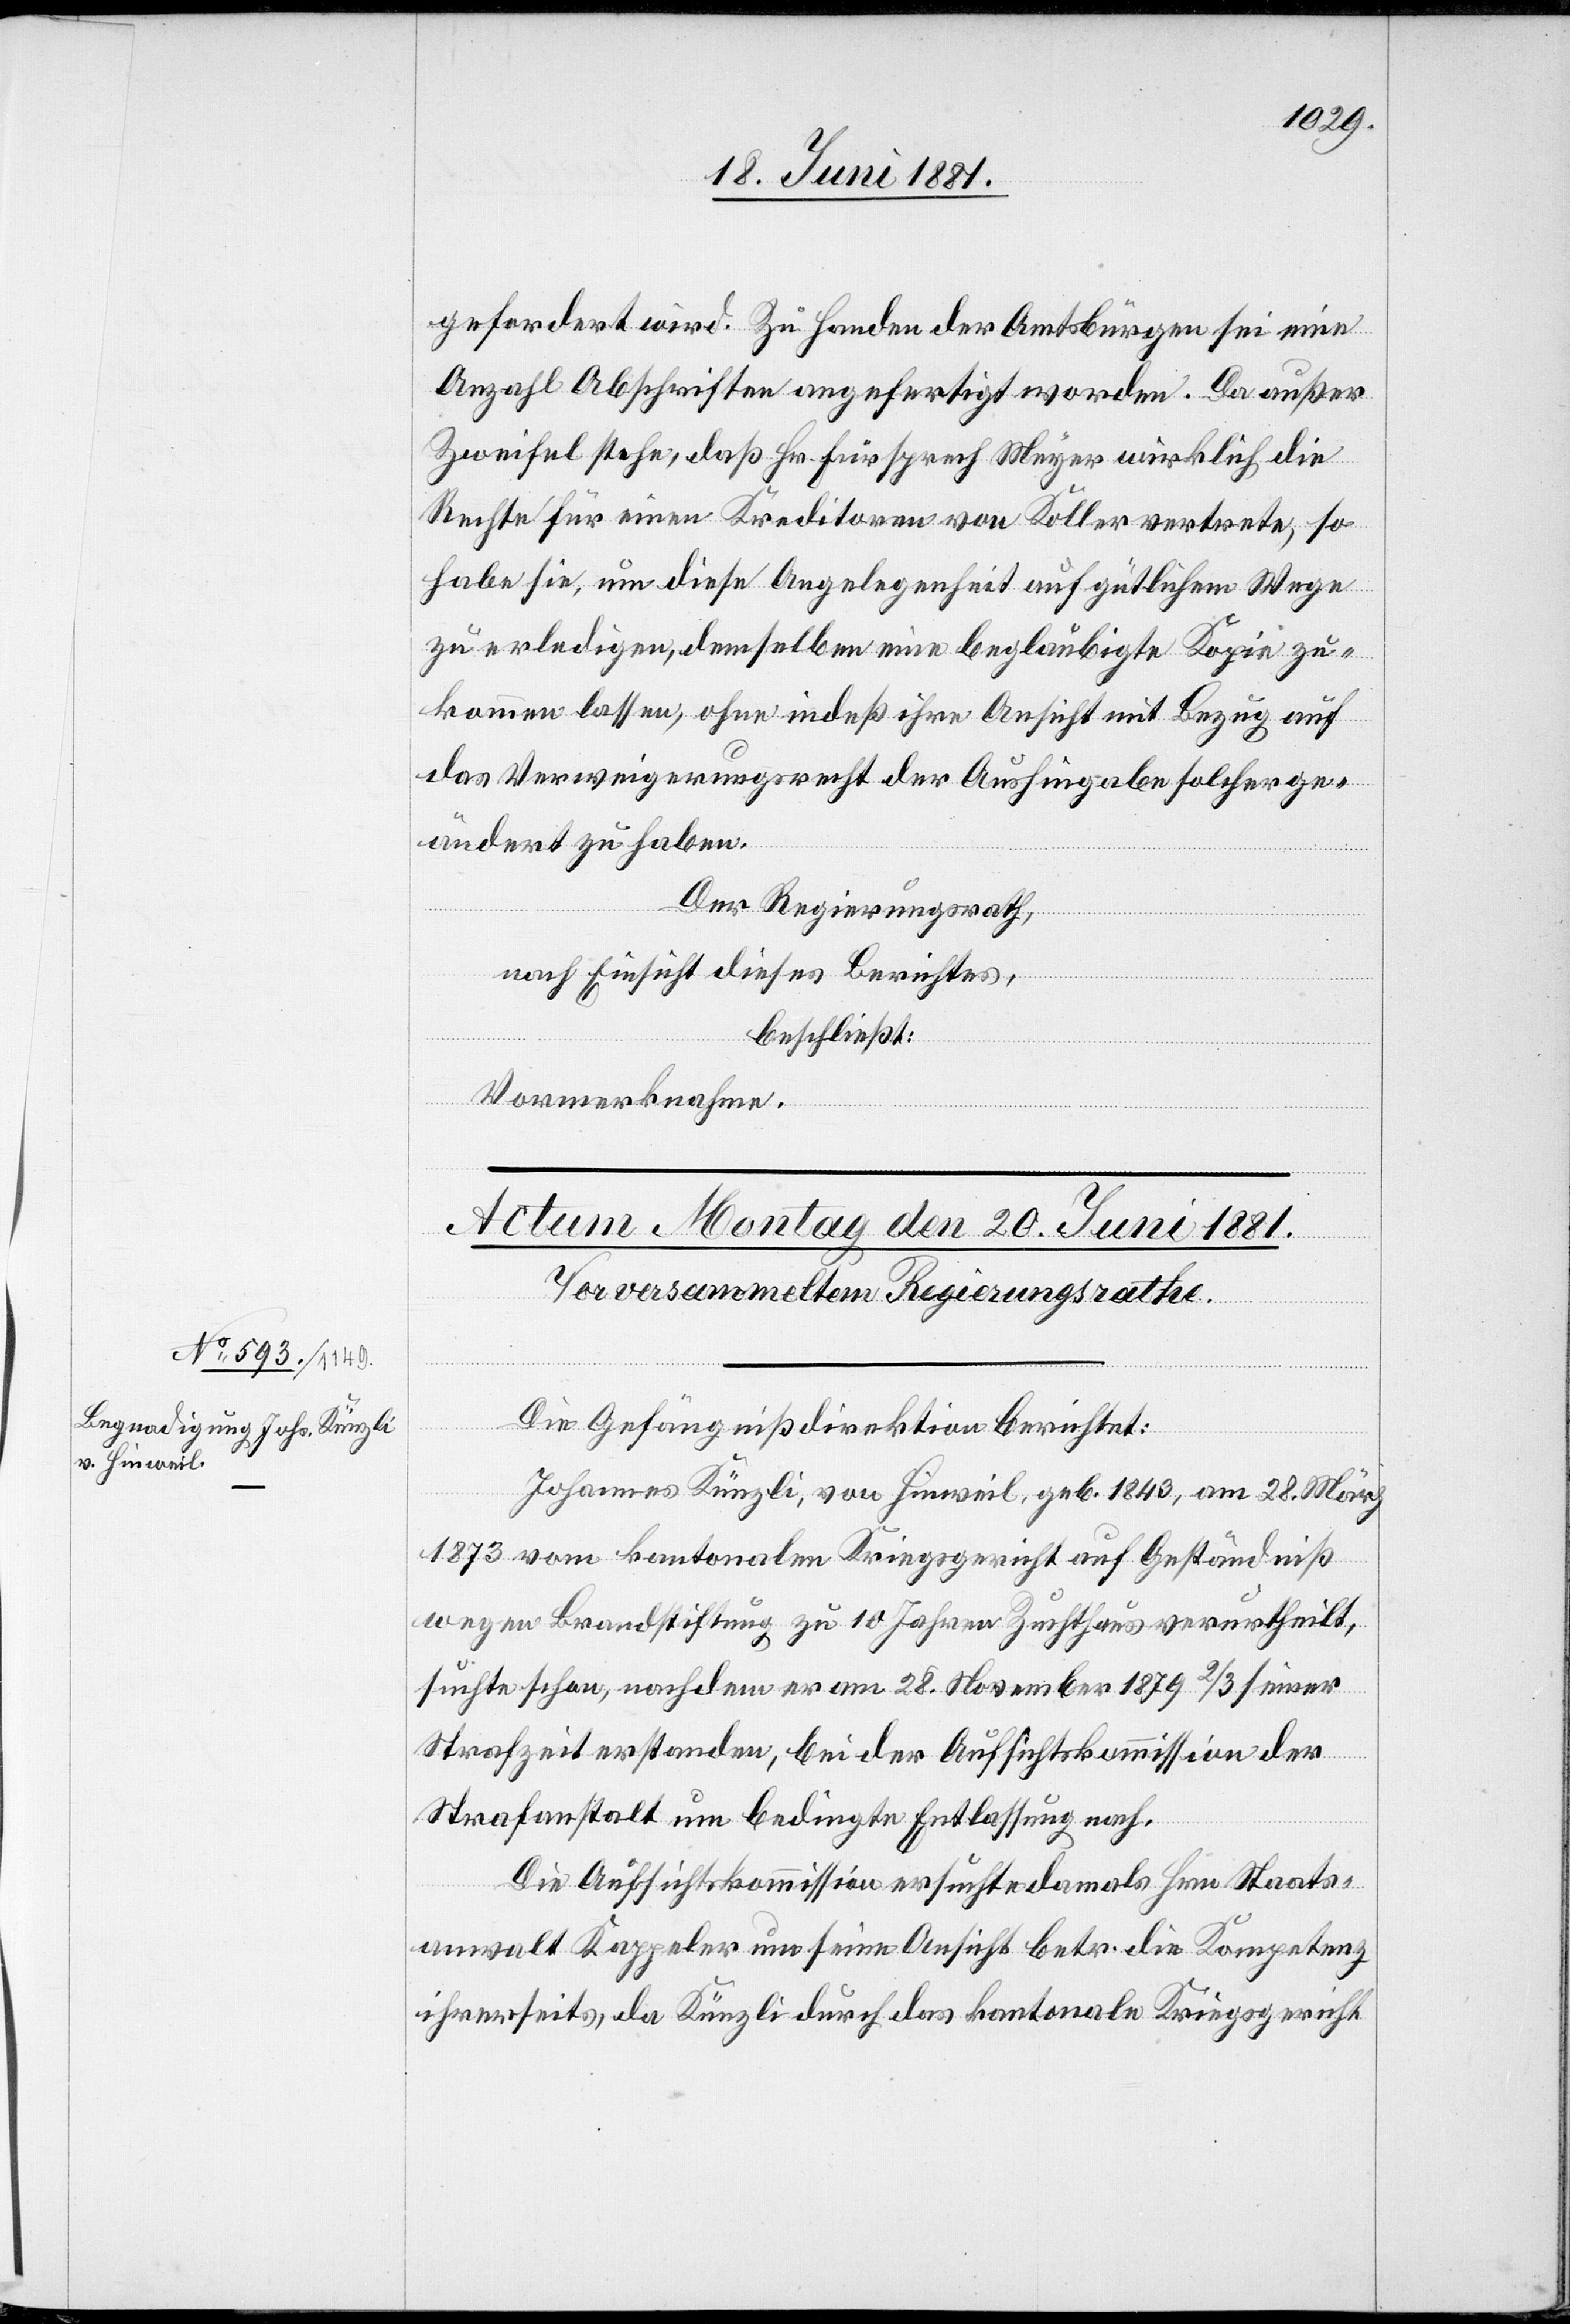
gefordert wird. Zu Handen der Amtsbürgen sei eine
Anzahl Abschriften angefertigt worden. Da außer
Zweifel stehe, daß Hr. Fürsprech Meyer wirklich die
Rechte für einen Kreditoren von Koller vertrete, so
habe sie, um diese Angelegenheit auf gütlichem Wege
zu erledigen, demselben eine beglaubigte Kopie zu¬
kommen lassen, ohne indeß ihre Ansicht mit Bezug auf
das Verweigerungsrecht der Aushingabe solcher ge¬
ändert zu haben.
Der Regierungsrath,
nach Einsicht dieses Berichtes,
beschließt:
Vormerknahme.
Die Gefängnißdirektion berichtet:
Johannes Künzli, von Hinweil, geb. 1843, am 28. März
1873 vom kantonalen Kriegsgericht auf Geständniß
wegen Brandstiftung zu 10 Jahren Zuchthaus verurtheilt,
suchte schon, nachdem er am 28. November 1879 2/3 seiner
Strafzeit erstanden, bei der Aufsichtskommission der
Strafanstalt um bedingte Entlassung nach.
Die Aufsichtskommission ersuchte damals Hrn. Staats¬
anwalt Kappeler um seine Ansicht betr. die Kompetenz
ihrerseits, da Künzli durch das kantonale Kriegsgericht